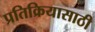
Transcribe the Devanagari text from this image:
प्रतिक्रियासाठी